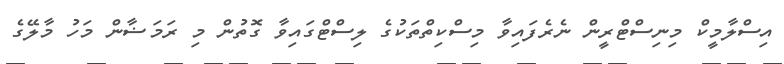
އިސްލާމީކް މިނިސްޓްރީން ނެރެފައިވާ މިސްކިތްތަކުގެ ލިސްޓްގައިވާ ގޮތުން މި ރަމަޟާން މަހު މާލޭގެ